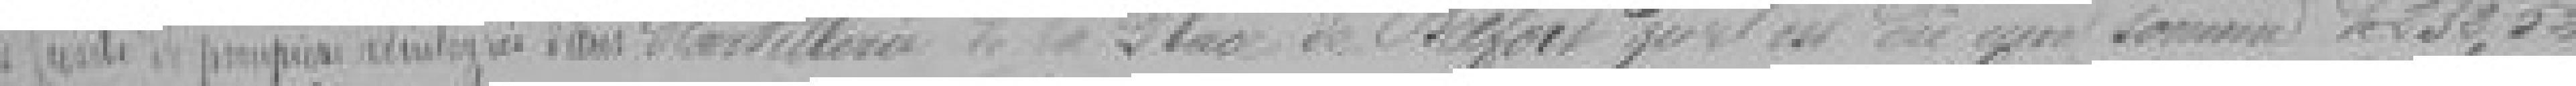
des fusils de pompiers réintégrés dans        Artillerie de la place de Belfort qu'il en dit qu'une somme de 232,52 francs